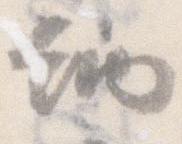
納